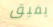
يفيق